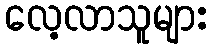
လေ့လာသူများ